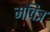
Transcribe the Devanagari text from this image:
मचित्र